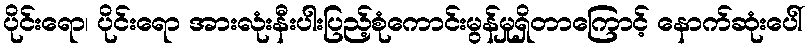
ပိုင်းရော၊ ပိုင်းရော အားလုံးနီးပါးပြည့်စုံကောင်းမွန်မှုရှိတာကြောင့် နောက်ဆုံးပေါ်